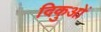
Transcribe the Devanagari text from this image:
दिकुओं